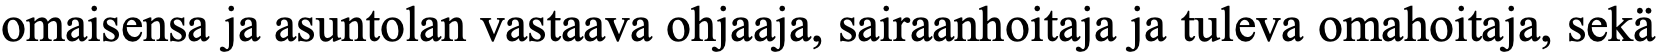
omaisensa ja asuntolan vastaava ohjaaja, sairaanhoitaja ja tuleva omahoitaja, sekä